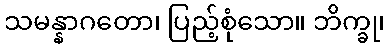
သမန္နာဂတော၊ ပြည့်စုံသော။ ဘိက္ခု၊